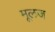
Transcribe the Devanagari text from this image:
मूलज